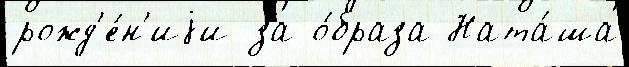
рожд'е́н'иjи за о́браза Ната́ша